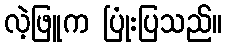
လဲ့ဖြူက ပြုံးပြသည်။